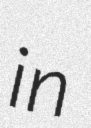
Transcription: in